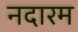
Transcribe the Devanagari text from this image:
नदारम